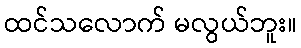
ထင်သလောက် မလွယ်ဘူး။